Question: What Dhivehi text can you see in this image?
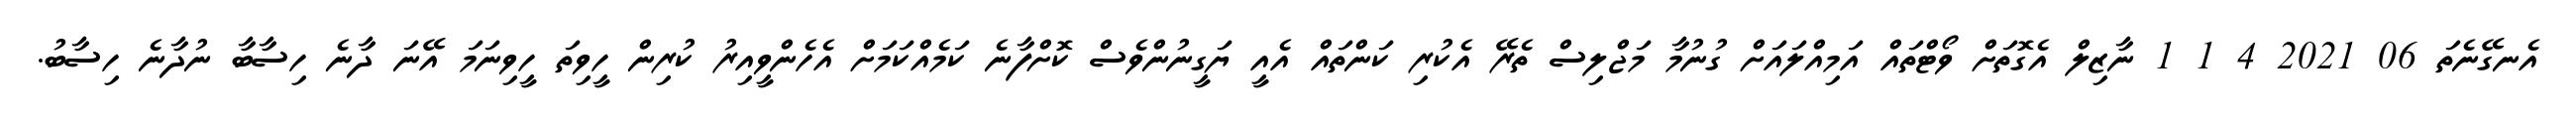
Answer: އެނގޭނެތަ 06 2021 4 1 1 ނާޒިލް އެގޮތަށް ވޯޓްތައް އަމިއްލައަށް ގުނުމާ މަޖްލިސް ތެރޭ އެކުރި ކަންތައް އެއީ ޔަގީނުންވެސް ކޮށްފާނެ ކަމެއްކަމަށް އެހެންވީއިރު ކުރިން ހީވިތަ ހީވިނަމަ އޭނަ ދާނެ ހިސާބާ ނުދާނެ ހިސާބު.